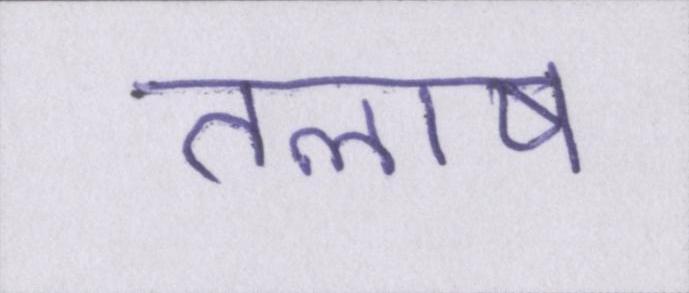
तलाष